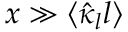
x \gg \langle \hat { \kappa } _ { l } l \rangle